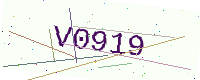
Text: V0919